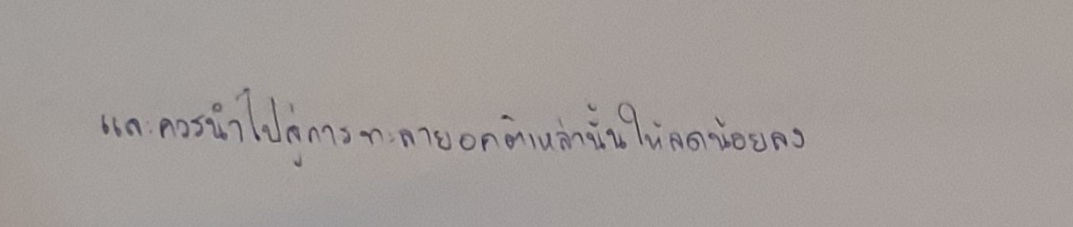
และควรนำไปสู่การทะลายอคติเหล่านั้นให้ลดน้อยลง